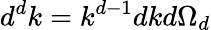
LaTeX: d^{d}k=k^{d-1}dkd\Omega_{d}